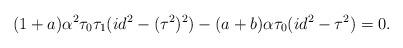
LaTeX: \begin{align*}(1+a) \alpha^2 \tau_0 \tau_1 (id^2 - (\tau^2)^2) - (a+b) \alpha \tau_0 (id^2 - \tau^2) = 0.\end{align*}